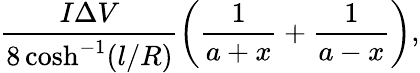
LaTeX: \frac{I\Delta V}{8\cosh^{-1}(l/R)}\left(\frac{1}{a+x}+\frac{1}{a-x}\right),